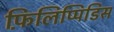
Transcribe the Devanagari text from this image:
फ़िलिप्पिडिस